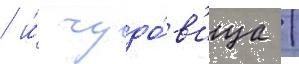
/ и́ чудо́в'ища /